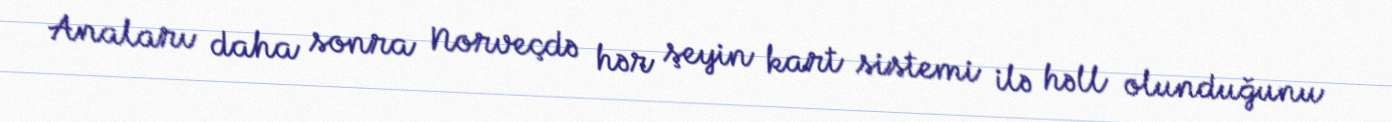
Anaları daha sonra Norveçdə hər şeyin kart sistemi ilə həll olunduğunu